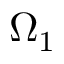
\Omega _ { 1 }